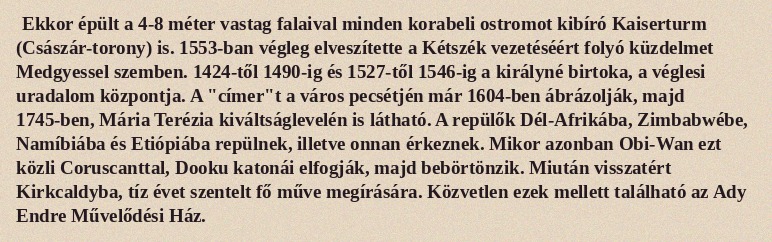
Ekkor épült a 4-8 méter vastag falaival minden korabeli ostromot kibíró Kaiserturm (Császár-torony) is. 1553-ban végleg elveszítette a Kétszék vezetéséért folyó küzdelmet Medgyessel szemben. 1424-től 1490-ig és 1527-től 1546-ig a királyné birtoka, a véglesi uradalom központja. A "címer"t a város pecsétjén már 1604-ben ábrázolják, majd 1745-ben, Mária Terézia kiváltságlevelén is látható. A repülők Dél-Afrikába, Zimbabwébe, Namíbiába és Etiópiába repülnek, illetve onnan érkeznek. Mikor azonban Obi-Wan ezt közli Coruscanttal, Dooku katonái elfogják, majd bebörtönzik. Miután visszatért Kirkcaldyba, tíz évet szentelt fő műve megírására. Közvetlen ezek mellett található az Ady Endre Művelődési Ház.